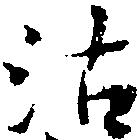
沽